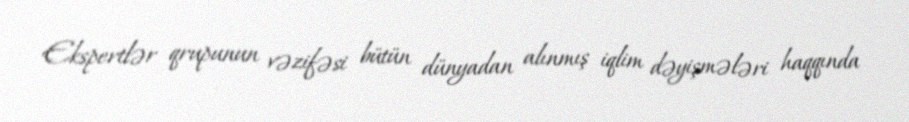
Ekspertlər qrupunun vəzifəsi bütün dünyadan alınmış iqlim dəyişmələri haqqında